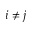
i \neq j